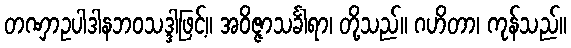
တဏှာဥပါဒါနဘဝသဒ္ဒါဖြင့်။ အဝိဇ္ဇာသင်္ခါရာ၊ တို့သည်။ ဂဟိတာ၊ ကုန်သည်။